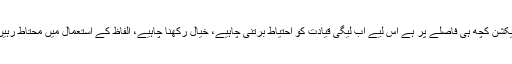
الیکشن کچھ ہی فاصلے پر ہے اس لیے اب لیگی قیادت کو احتیاط برتنی چاہیے، خیال رکھنا چاہیے، الفاظ کے استعمال میں محتاط رہیں۔